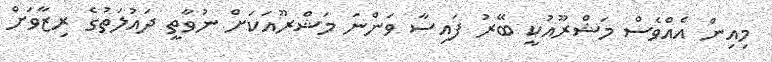
މިއިން އެއްވެސް މަޝްރޫއުކީ ބޭރު ފައިސާ ވަންނަ މަޝްރޫއަކަށް ނުވާތީ ދައުލަތުގެ ރިޒާވަށް